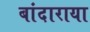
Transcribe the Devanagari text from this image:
बांदाराया